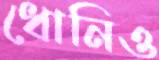
ধোনিও